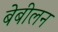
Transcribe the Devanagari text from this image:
बेबीलन